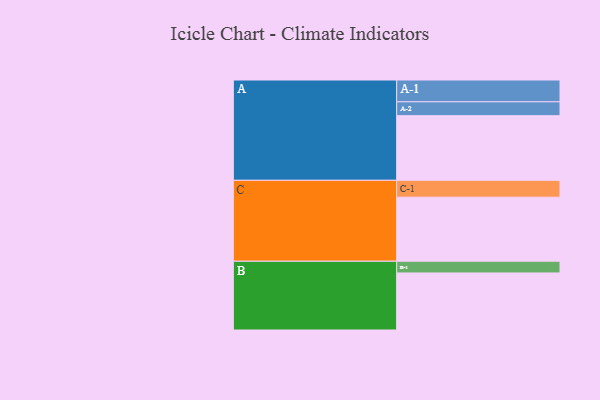
{"axis": {"x": "Segment", "y": "Value"}, "legend": ["", "A", "B", "C"], "data": [{"x": "A", "y": 563, "type": ""}, {"x": "B", "y": 497, "type": ""}, {"x": "C", "y": 558, "type": ""}, {"x": "A-1", "y": 190, "type": "A"}, {"x": "A-2", "y": 121, "type": "A"}, {"x": "B-1", "y": 102, "type": "B"}, {"x": "C-1", "y": 147, "type": "C"}]}